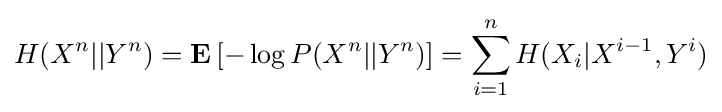
H(X^{n}||Y^{n})=\mathbf {E} \left[-\log {P(X^{n}||Y^{n})}\right]=\sum _{i=1}^{n}H(X_{i}|X^{i-1},Y^{i})